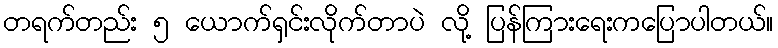
တရက်တည်း ၅ ယောက်ရှင်းလိုက်တာပဲ လို့ ပြန်ကြားရေးကပြောပါတယ်။